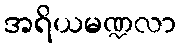
အရိယမဏ္ဍလာ